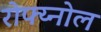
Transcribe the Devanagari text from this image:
रोफ्य्नोल